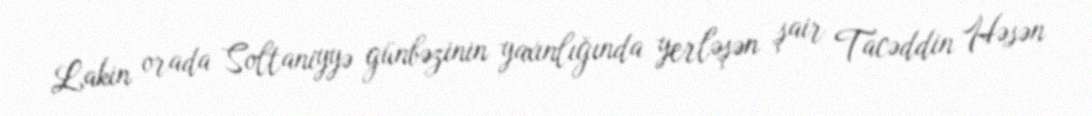
Lakin orada Soltaniyyə günbəzinin yaxınlığında yerləşən şair Tacəddin Həsən